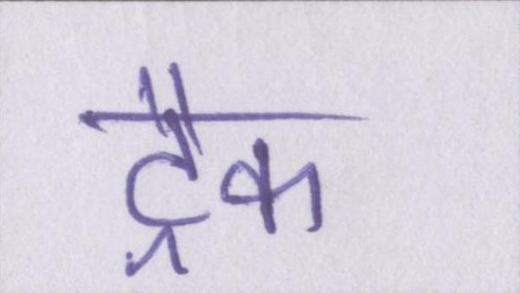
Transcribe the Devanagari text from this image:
ट्रैक